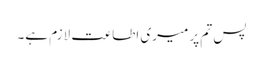
پس تم پر میری اطاعت لازم ہے۔